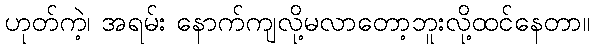
ဟုတ်ကဲ့၊ အရမ်း နောက်ကျလို့မလာတော့ဘူးလို့ထင်နေတာ။